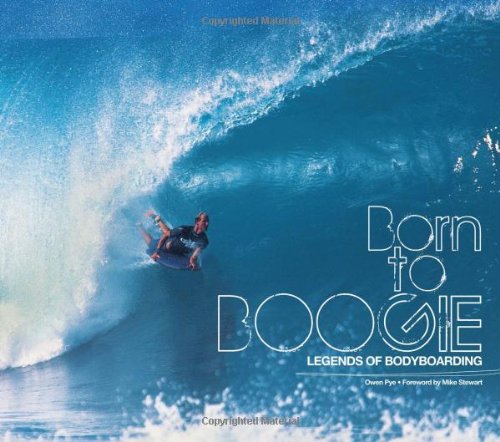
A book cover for Born To Boogie: Legends of Bodyboarding; Owen Pye; Sports & Outdoors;